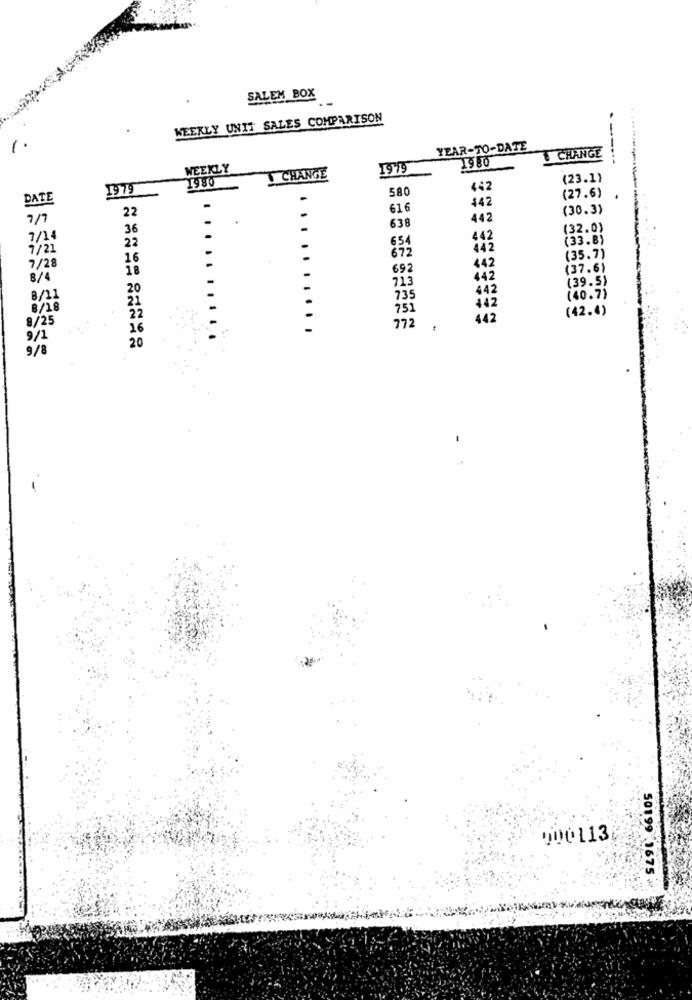
SALEM BOX
WEEKLY UNIT SALES COMPARISON
1
YEAR-TO-DATE
1980
CHANGE
WEEKLY
1979
1980
CHANGE
(23.1)
1979
580
442
(27.6)
DATE
442
22
616
(30.3)
7/7
442
36
638
(32.0)
7/14
22
654
442
(33.8)
1/21
442
16
672
(35.7)
7/28
18
692
442
(37.6)
8/4
713
442
(39.5)
20
442
8/11
21
735
(40.7)
8/18
75
442
(42.4)
8/25
22
442
16
772
9/1
20
9/8
000113
50199 1675